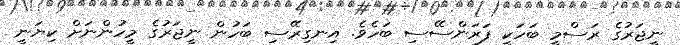
ނީޖަރުގެ ރަސްމީ ބަހަކީ ފަރަންސޭސި ބަހެވެ. އިނގިރޭސި ބަހުން ނީޖަރުގެ މީހުންނަށް ކިޔަނީ